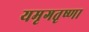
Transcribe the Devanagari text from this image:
यमृगतृष्णा